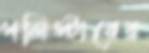
পলিস্টারের